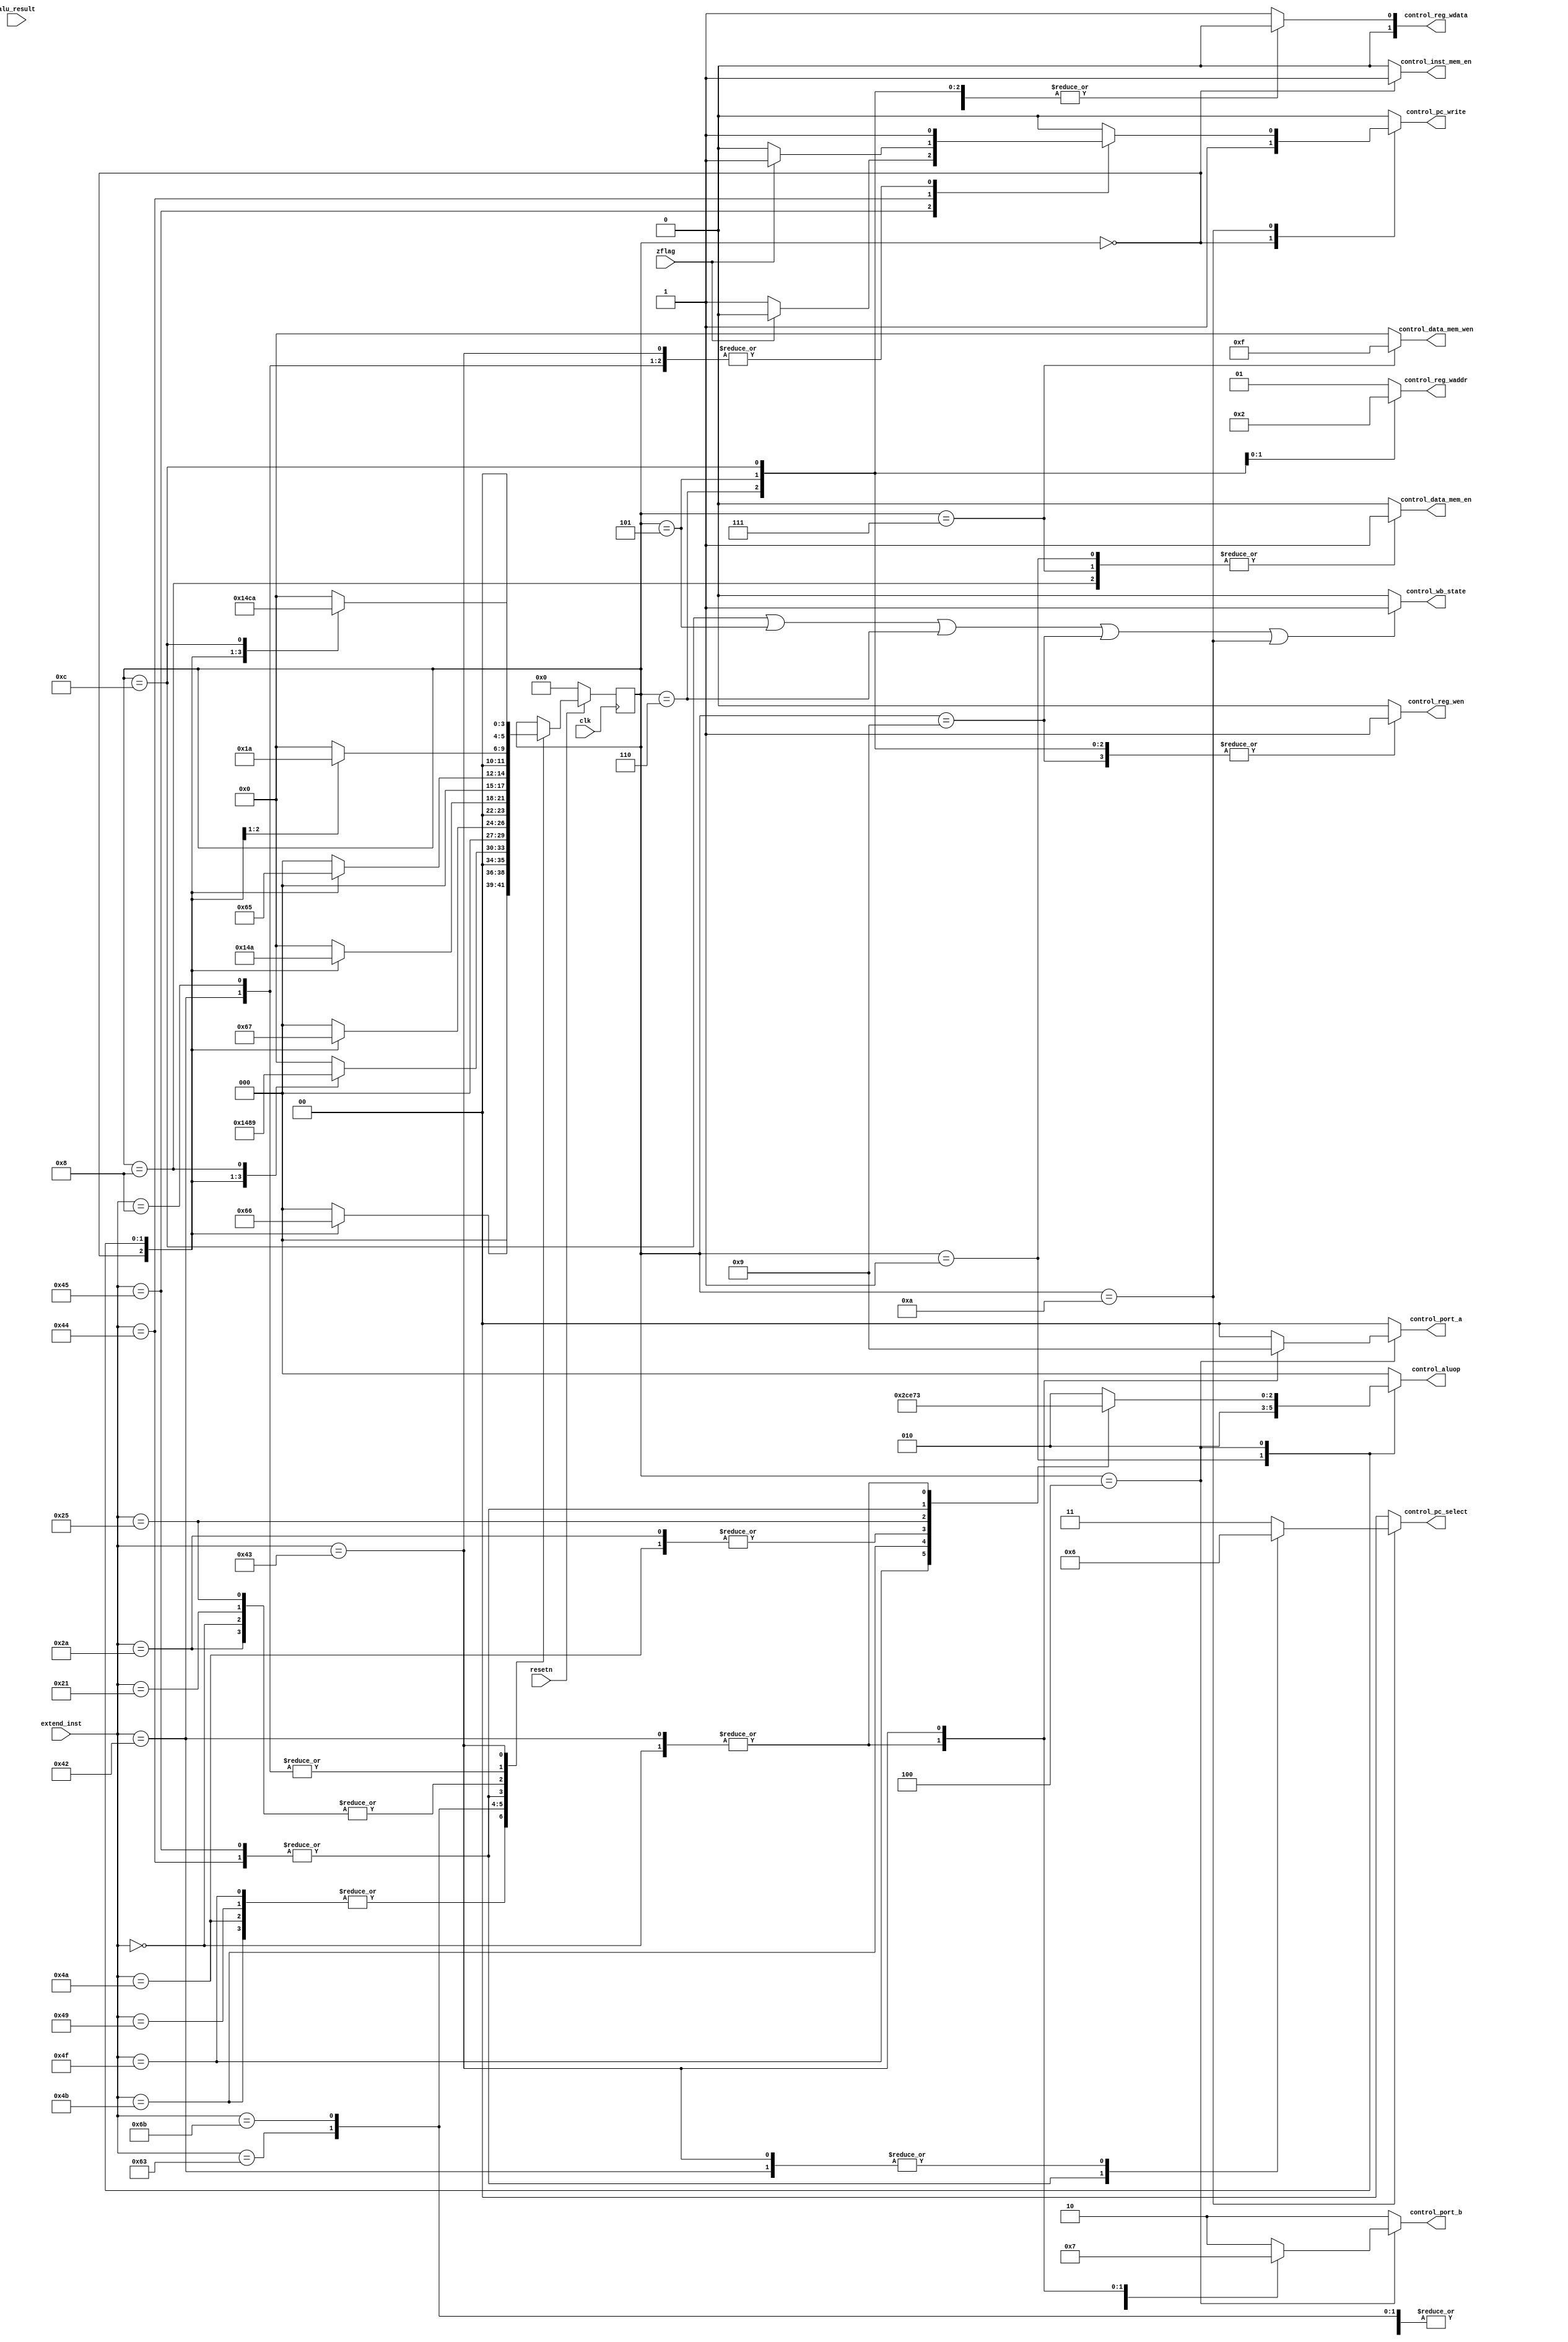
`timescale 1ns / 1ps
//////////////////////////////////////////////////////////////////////////////////
// Company: 
// Engineer: 
// 
// Design Name: 
// Module Name: control_block
// Project Name: 
// Target Devices: 
// Tool Versions: 
// Description: 
// 
// Dependencies: 
// 
// Revision:
// Revision 0.01 - File Created
// Additional Comments:
// 
//////////////////////////////////////////////////////////////////////////////////


module control_block(//input signals
                    input clk,
                    input resetn,
                    input [6:0] extend_inst,
                    input [31:0] alu_result,
                    input zflag,
                    //output signals
                    output reg control_inst_mem_en,
                    output reg control_data_mem_en,
                    output reg [3:0] control_data_mem_wen,
                    output reg [1:0] control_reg_waddr,
                    output reg [1:0] control_reg_wdata,
                    output reg control_reg_wen,
                    output reg [1:0] control_port_b,
                    output reg [1:0] control_port_a,
                    output reg [2:0] control_aluop,
                    output reg [1:0] control_pc_select,
                    output reg control_pc_write,
                    output  control_wb_state
                    );
    //parameters for instructions 
    parameter LUI    = 7'b1001111;
    parameter ADDU   = 7'b0100001;
    parameter ADDIU  = 7'b1001001;
    parameter BEQ    = 7'b1000100;
    parameter BNE    = 7'b1000101;
    parameter LW     = 7'b1100011;
    parameter OR     = 7'b0100101;
    parameter SLT    = 7'b0101010;
    parameter SLTI   = 7'b1001010;
    parameter SLTIU  = 7'b1001011;
    parameter SLL    = 7'b0000000;
    parameter SW     = 7'b1101011;
    parameter J      = 7'b1000010;
    parameter JAL    = 7'b1000011;
    parameter JR     = 7'b0001000;
    
    //parameters for reg manager
    parameter write_to_rd = 2'b00;
    parameter write_to_rt  = 2'b01;
    parameter write_to_31 = 2'b10;
    parameter wdata_from_alu = 2'b00;
    parameter wdata_from_dmem = 2'b01;
    parameter wdata_from_imm  = 2'b10;

    //parameters for alu manager
    parameter b_from_imm= 2'b00;
    parameter b_from_sa = 2'b01;
    parameter b_from_rt = 2'b10;
    parameter b_from_4  = 2'b11;
    parameter a_from_rs = 2'b00;
    parameter a_from_pc = 2'b01;
    parameter a_from_rt = 2'b10;
    //parameters for alu
    parameter alu_and = 3'b000;
    parameter alu_or = 3'b001;
    parameter alu_add = 3'b010;
    parameter alu_sub = 3'b110;
    parameter alu_slt = 3'b111;
    parameter alu_sltiu = 3'b100;
    parameter alu_sll = 3'b011;
    parameter alu_lui = 3'b101;

    //parameters for pc
    parameter reset_address = 32'b0;
    parameter regular_pc = 2'b00;
    parameter imm_extend = 2'b01;
    parameter middle_extend = 2'b10;
    parameter regfile_to_pc = 2'b11;

    //parameter for states
    parameter fetch_inst = 6'd0;
    parameter fetch_reg = 6'd1;
    parameter exec =6'd4;
    parameter alu_to_rd = 6'd5;
    parameter alu_to_rt = 6'd6;
    parameter alu_to_reg31= 6'd12;
    parameter reg_to_mem = 6'd7;
    parameter fetch_mem =6'd8;
    parameter mem_to_rt = 6'd9;
    parameter calculate_pc = 6'd10;

    //state transfer
    reg [5:0] current_state;
    reg [5:0] next_state;

    always @(posedge clk) begin
        if (resetn == 0)
            current_state = 6'd0;
        else 
            current_state <= next_state;
    end

    //next state caculator
    always @ (*) begin
        case(extend_inst)
        LUI,
        ADDIU,
        SLTI,
        SLTIU:
            case(current_state)
            fetch_inst:  next_state = fetch_reg;
            fetch_reg:next_state = exec;
            exec:        next_state = alu_to_rt;
            alu_to_rt:   next_state = fetch_inst;
            default: next_state = 6'd0;
            endcase
        LW:
            case(current_state)
            fetch_inst:  next_state = fetch_reg;
            fetch_reg:next_state = exec;
            exec:        next_state = fetch_mem;
            fetch_mem:   next_state = mem_to_rt;
            mem_to_rt:   next_state = fetch_inst;
            default: next_state = 6'd0;
            endcase
        SW:
            case(current_state)
            fetch_inst:  next_state = fetch_reg;
            fetch_reg:next_state = exec;
            exec:        next_state = reg_to_mem;
            reg_to_mem:  next_state = fetch_inst;
            default: next_state = 6'd0;
            endcase
        BNE,
        BEQ:
            case(current_state)
            fetch_inst:  next_state = fetch_reg;
            fetch_reg: next_state = exec;
            exec:        next_state = calculate_pc;
            calculate_pc:next_state = fetch_inst;
            default: next_state = 6'd0;
            endcase
        OR,
        ADDU,
        SLL,
        SLT:
            case(current_state)
            fetch_inst:  next_state = fetch_reg;
            fetch_reg: next_state = exec;
            exec:        next_state = alu_to_rd;
            alu_to_rd:   next_state = fetch_inst;
            default: next_state = 6'd0;
            endcase
        J:
            case(current_state)
            fetch_inst:  next_state = fetch_reg;
            fetch_reg:next_state = calculate_pc;
            calculate_pc: next_state = fetch_inst;
            default: next_state = 6'd0;
            endcase
        JR:
            case(current_state)
            fetch_inst:  next_state = fetch_reg;
            fetch_reg: next_state = calculate_pc;
            calculate_pc:next_state = fetch_inst;
            default: next_state = 6'd0;
            endcase
        JAL:
            case(current_state)
            fetch_inst:  next_state = fetch_reg;
            fetch_reg:  next_state = exec;
            exec:   next_state = alu_to_reg31;
            alu_to_reg31:    next_state = calculate_pc;
            calculate_pc:  next_state = fetch_inst;
            default: next_state = 6'd0;
            endcase
        default:
             next_state = current_state;
        endcase
    end

    //generate control signals
    always @(current_state)
    begin
        case (current_state)
        //fetch instruction
        fetch_inst: begin
            control_inst_mem_en = 'd1;
            control_data_mem_en = 'd0;
            control_data_mem_wen = 4'b0000;
            control_reg_waddr = write_to_rt;
            control_reg_wdata = wdata_from_alu;
            control_reg_wen = 'd0;
            control_port_b = b_from_rt;
            control_port_a = a_from_rs;
            control_aluop = alu_and;
            control_pc_select = regular_pc;
            control_pc_write = 'b1;
        end
        //prepare data for ALU
        fetch_reg: begin
            control_inst_mem_en = 'd0;
            control_data_mem_en = 'd1;
            control_data_mem_wen = 4'b0000;
            control_reg_waddr = write_to_rt;
            control_reg_wdata = wdata_from_alu;
            control_reg_wen = 'd0;
            control_port_b = b_from_rt;
            control_port_a = a_from_rs;
            control_pc_select = regular_pc;
            control_pc_write = 'b0;
            control_aluop = alu_add;
        end
        //ALU caculate
        exec:begin
            control_inst_mem_en = 'd0;
            control_data_mem_en = 'd0;
            control_data_mem_wen = 4'b0000;
            control_reg_waddr = write_to_rt;
            control_reg_wdata = wdata_from_alu;
            control_reg_wen = 'd0;
            control_pc_select = regular_pc;
            control_pc_write = 'b0;
            case(extend_inst)
            LUI:begin control_port_a = a_from_rs; control_port_b = b_from_imm; control_aluop = alu_lui; end
            ADDIU:begin control_port_a = a_from_rs; control_port_b = b_from_imm; control_aluop = alu_add; end
            SLTI:begin control_port_a = a_from_rs; control_port_b = b_from_imm; control_aluop = alu_slt; end
            SLTIU:begin control_port_a = a_from_rs; control_port_b = b_from_imm; control_aluop = alu_sltiu; end
            SW:begin control_port_a = a_from_rs; control_port_b = b_from_imm; control_aluop = alu_add; end
            LW:begin control_port_a = a_from_rs; control_port_b = b_from_imm; control_aluop = alu_add; end
            ADDU:begin control_port_a = a_from_rs; control_port_b = b_from_rt; control_aluop = alu_add; end
            SLT:begin control_port_a = a_from_rs; control_port_b = b_from_rt; control_aluop = alu_slt; end
            OR:begin control_port_a = a_from_rs; control_port_b = b_from_rt; control_aluop = alu_or; end
            BEQ:begin control_port_a = a_from_rs; control_port_b = b_from_rt; control_aluop = alu_sub; end
            BNE:begin control_port_a = a_from_rs; control_port_b = b_from_rt; control_aluop = alu_sub; end
            JR:begin control_port_a = a_from_rs; control_port_b = b_from_rt; control_aluop = alu_add; end
            SLL:begin control_port_a = a_from_rt; control_port_b = b_from_sa; control_aluop = alu_sll; end
            J:begin control_port_a = a_from_rt; control_port_b = b_from_sa; control_aluop = alu_sll; end
            JAL:begin control_port_a = a_from_pc; control_port_b = b_from_4; control_aluop = alu_add; end
            default:begin control_port_a = a_from_rs; control_port_b = b_from_rt; control_aluop = alu_add; end
            endcase
        end
        alu_to_rd: begin
            control_inst_mem_en = 'd0;
            control_data_mem_en = 'd0;
            control_data_mem_wen = 4'b0000;
            control_reg_waddr = write_to_rd;
            control_reg_wdata = wdata_from_alu;
            control_reg_wen = 'd1;
            control_port_b = b_from_rt;
            control_port_a = a_from_rs;
            control_aluop = alu_and;
            control_pc_select = regular_pc;
            control_pc_write = 'b0;
        end
        alu_to_rt:begin
            control_inst_mem_en = 'd0;
            control_data_mem_en = 'd0;
            control_data_mem_wen = 4'b0000;
            control_reg_waddr = write_to_rt;
            control_reg_wdata = wdata_from_alu;
            control_reg_wen = 'd1;
            control_port_b = b_from_rt;
            control_port_a = a_from_rs;
            control_aluop = alu_and;
            control_pc_select = regular_pc;
            control_pc_write = 'b0;
        end
        alu_to_reg31:begin
            control_inst_mem_en = 'd0;
            control_data_mem_en = 'd0;
            control_data_mem_wen = 4'b0000;
            control_reg_waddr = write_to_31;
            control_reg_wdata = wdata_from_alu;
            control_reg_wen = 'd1;
            control_port_b = b_from_rt;
            control_port_a = a_from_rs;
            control_aluop = alu_and;
            control_pc_select = regular_pc;
            control_pc_write = 'b0;
        end
        mem_to_rt:begin
            control_inst_mem_en = 'd0;
            control_data_mem_en = 'd0;
            control_data_mem_wen = 4'b0000;
            control_reg_waddr = write_to_rt;
            control_reg_wdata = wdata_from_dmem;
            control_reg_wen = 'd1;
            control_port_b = b_from_rt;
            control_port_a = a_from_rs;
            control_aluop = alu_and;
            control_pc_select = regular_pc;
            control_pc_write = 'b0;
        end
        reg_to_mem:begin
            control_inst_mem_en = 'd0;
            control_data_mem_en = 'd1;
            control_data_mem_wen = 4'b1111;
            control_reg_waddr = write_to_rt;
            control_reg_wdata = wdata_from_alu;
            control_reg_wen = 'd0;
            control_port_b = b_from_rt;
            control_port_a = a_from_rs;
            control_aluop = alu_and;   
            control_pc_select = regular_pc;
            control_pc_write = 'b0;
        end
        fetch_mem:begin
            control_inst_mem_en = 'd0;
            control_data_mem_en = 'd1;
            control_data_mem_wen = 4'b0000;
            control_reg_waddr = write_to_rt;
            control_reg_wdata = wdata_from_dmem;
            control_reg_wen = 'd0;
            control_port_b = b_from_rt;
            control_port_a = a_from_rs;
            control_aluop = alu_and;
            control_pc_select = regular_pc;
            control_pc_write = 'b0;
        end
        calculate_pc: begin
            control_inst_mem_en = 'd0;
            control_data_mem_en = 'd0;
            control_data_mem_wen = 4'b0000;
            control_reg_waddr = write_to_rt;
            control_reg_wdata = wdata_from_alu;
            control_reg_wen = 'd0;
            control_port_b = b_from_rt;
            control_port_a = a_from_rs;
            control_aluop = alu_and;
            case(extend_inst)
                BNE: begin control_pc_select =  imm_extend; control_pc_write = (zflag == 0)? 1:0;end
                BEQ: begin control_pc_select =  imm_extend; control_pc_write = (zflag == 1)? 1:0;end
                J:   begin control_pc_select = middle_extend; control_pc_write = 'b1; end
                JAL:  begin control_pc_select = middle_extend; control_pc_write = 'b1; end
                JR:  begin control_pc_select = regfile_to_pc; control_pc_write = 'b1; end
                default:begin control_pc_select = regfile_to_pc; control_pc_write = 'b0; end
            endcase
        end
        default: begin
                  control_inst_mem_en = 'd0;
                  control_data_mem_en = 'd0;
                  control_data_mem_wen = 4'b0000;
                  control_reg_waddr = write_to_rt;
                  control_reg_wdata = wdata_from_dmem;
                  control_reg_wen = 'd0;
                  control_port_b = b_from_rt;
                  control_port_a = a_from_rs;
                  control_aluop = alu_and;
                  control_pc_select = regular_pc;
                  control_pc_write = 'b0;
       
        end
    endcase
    end
    

    assign control_wb_state =  ((current_state == alu_to_reg31) | 
                           (current_state == alu_to_rd) | 
                           (current_state == alu_to_rt) | 
                           (current_state == mem_to_rt) | 
                           (current_state == calculate_pc))? 1:0;
                       
endmodule